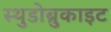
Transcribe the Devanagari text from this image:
स्थुडोब्रुकाइट